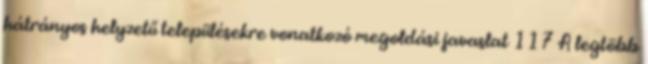
hátrányos helyzetű településekre vonatkozó megoldási javaslat 117 A legtöbb